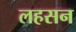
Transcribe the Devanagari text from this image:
लहसन